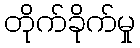
တိုက်ခိုက်မှု